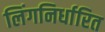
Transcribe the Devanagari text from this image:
लिंगनिर्धारित